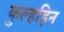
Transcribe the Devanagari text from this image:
कुल्‍हड़िन